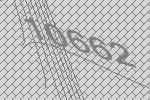
10662